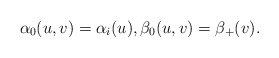
\begin{align*} \alpha_0(u,v)=\alpha_i(u),\beta_0(u,v)=\beta_+(v).\end{align*}